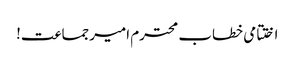
اختتامی خطاب محترم امیرجماعت!